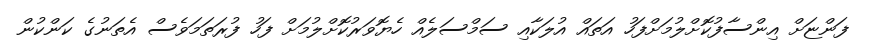
ފަންޏަށް އިންސާފުކޮށްލުމަށްފަހު އަތައް އުލަކާއި ސަމްސަލެއް ހެޔޮވަރުކޮށްލުމަށް ފަހު ފުރަތަމަވެސް އެތަނުގެ ކަންކުން